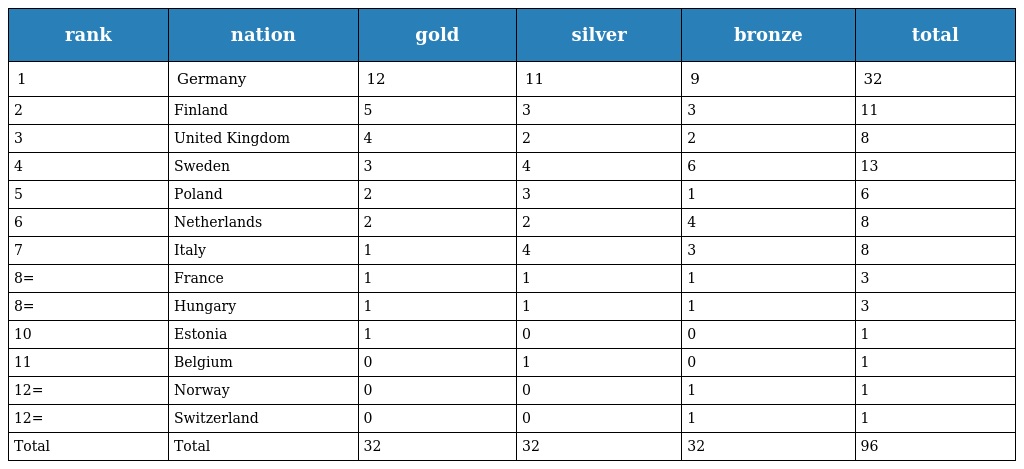
| rank | nation | gold | silver | bronze | total |
 | --- | --- | --- | --- | --- | --- |
 | 1 | Germany | 12 | 11 | 9 | 32 |
 | 2 | Finland | 5 | 3 | 3 | 11 |
 | 3 | United Kingdom | 4 | 2 | 2 | 8 |
 | 4 | Sweden | 3 | 4 | 6 | 13 |
 | 5 | Poland | 2 | 3 | 1 | 6 |
 | 6 | Netherlands | 2 | 2 | 4 | 8 |
 | 7 | Italy | 1 | 4 | 3 | 8 |
 | 8= | France | 1 | 1 | 1 | 3 |
 | 8= | Hungary | 1 | 1 | 1 | 3 |
 | 10 | Estonia | 1 | 0 | 0 | 1 |
 | 11 | Belgium | 0 | 1 | 0 | 1 |
 | 12= | Norway | 0 | 0 | 1 | 1 |
 | 12= | Switzerland | 0 | 0 | 1 | 1 |
 | Total | Total | 32 | 32 | 32 | 96 |